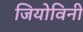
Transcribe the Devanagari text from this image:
जियोविनी